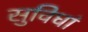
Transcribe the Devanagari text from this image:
सुविधां